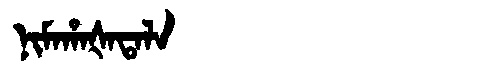
Manchu: ᠨᡳᠮᠠᡥᠠᡧᠠᡨᠠᠯᠠ
Romanization: NIMAHAŠATALA